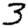
Digit: 3